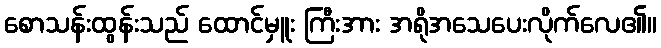
စောသန်းထွန်းသည် ထောင်မှူး ကြီးအား အရိုအသေပေးလိုက်လေ၏။